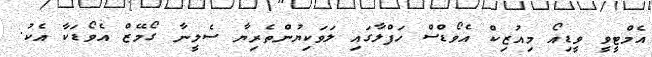
އެމްޓީވީ ވީޑިއޯ މިއުޒިކް އެވޯޑްސް ހަފްލާގައި ލަވަކިޔުންތެރިޔާ ސެލީނާ ގޯމޭޒް އެވޯޑަކާ އެކު.